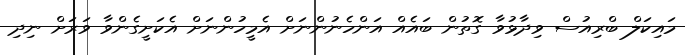
މައިކަލް ބްރިއުސް ވިދާޅުވާ ގޮތުން ބައެއް އަންހެނުންނަށް އެމީހުންނަށް އެކަށީގެންވާ ވަރަށް ނިދި